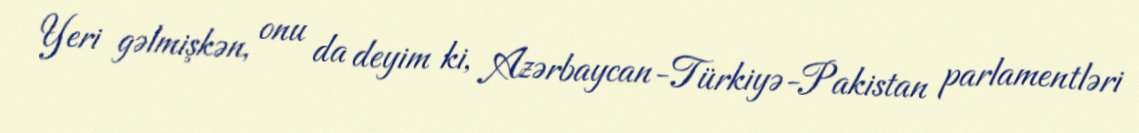
Yeri gəlmişkən, onu da deyim ki, Azərbaycan-Türkiyə-Pakistan parlamentləri